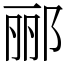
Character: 郦